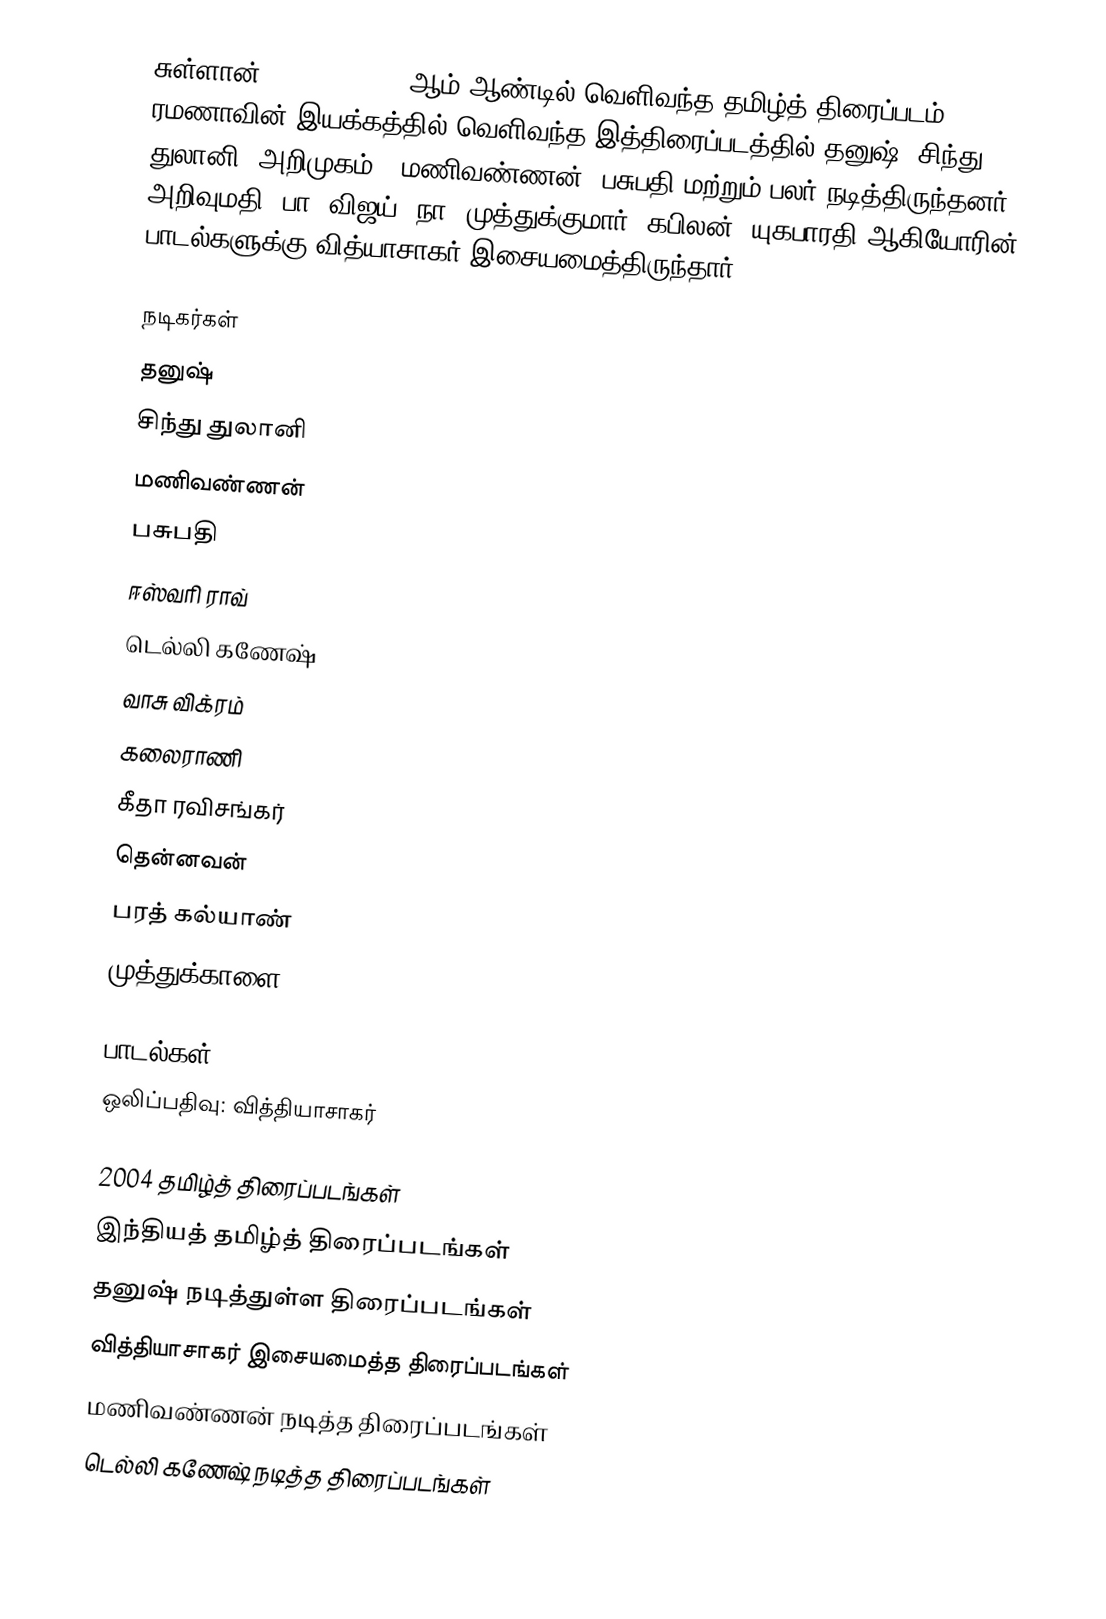
சுள்ளான் (Sulaan) 2004 ஆம் ஆண்டில் வெளிவந்த தமிழ்த் திரைப்படம். ரமணாவின் இயக்கத்தில் வெளிவந்த இத்திரைப்படத்தில் தனுஷ், சிந்து துலானி (அறிமுகம்), மணிவண்ணன், பசுபதி மற்றும் பலர் நடித்திருந்தனர். அறிவுமதி, பா. விஜய், நா. முத்துக்குமார், கபிலன், யுகபாரதி ஆகியோரின் பாடல்களுக்கு வித்யாசாகர் இசையமைத்திருந்தார்.

நடிகர்கள்
 தனுஷ்
 சிந்து துலானி
 மணிவண்ணன்
 பசுபதி
 ஈஸ்வரி ராவ்
 டெல்லி கணேஷ்
 வாசு விக்ரம்
 கலைராணி
 கீதா ரவிசங்கர்
 தென்னவன்
 பரத் கல்யாண்
 முத்துக்காளை

பாடல்கள்
ஒலிப்பதிவு: வித்தியாசாகர்

2004 தமிழ்த் திரைப்படங்கள்
இந்தியத் தமிழ்த் திரைப்படங்கள்
தனுஷ் நடித்துள்ள திரைப்படங்கள்
வித்தியாசாகர் இசையமைத்த திரைப்படங்கள்
மணிவண்ணன் நடித்த திரைப்படங்கள்
டெல்லி கணேஷ் நடித்த திரைப்படங்கள்